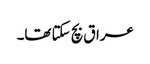
عراق بچ سکتا تھا۔